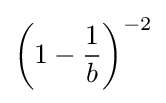
\left(1-{\frac {1}{b}}\right)^{-2}